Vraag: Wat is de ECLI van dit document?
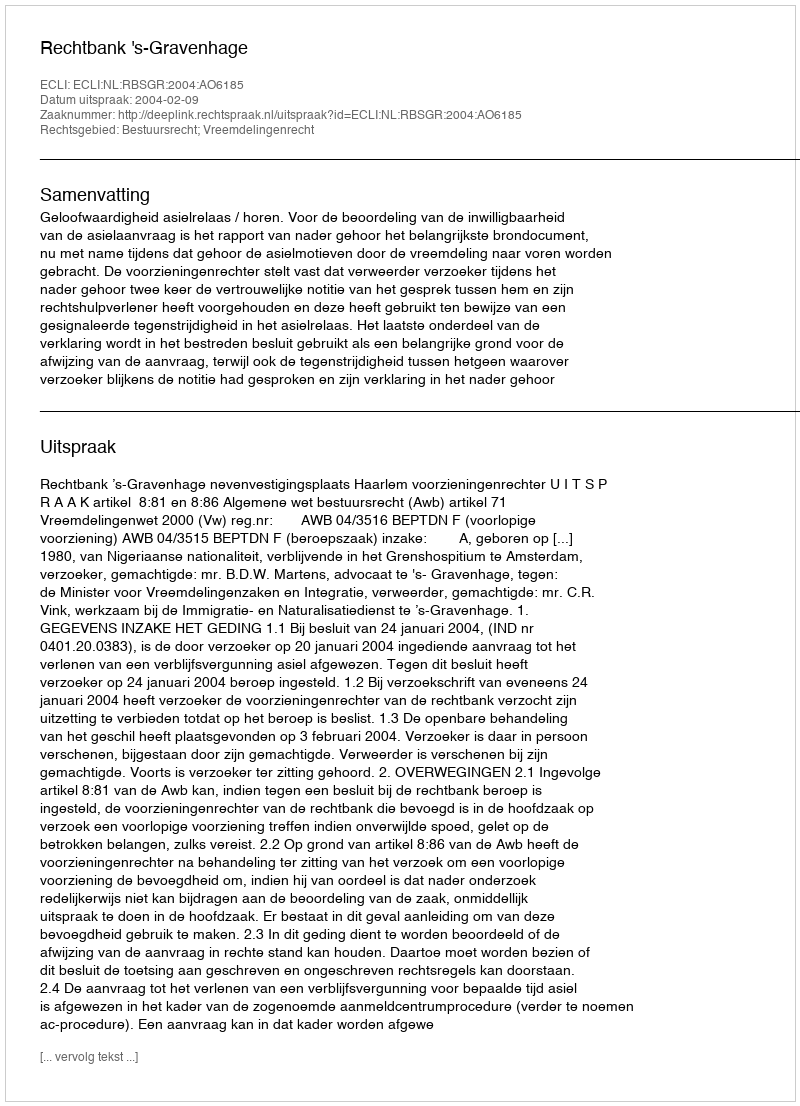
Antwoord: ECLI:NL:RBSGR:2004:AO6185